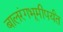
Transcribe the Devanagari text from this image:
बालरंगभूमीपर्यंत